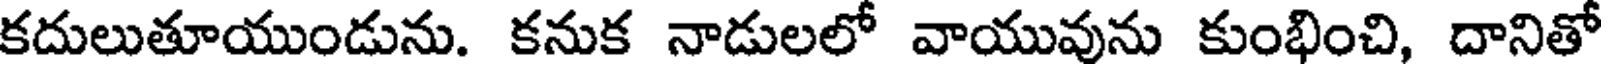
కదులుతూయుండును. కనుక నాడులలో వాయువును కుంభించి, దానితో